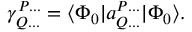
\begin{array} { r } { \gamma _ { Q . . . } ^ { P . . . } = \langle { \Phi _ { 0 } } | a _ { Q . . . } ^ { P . . . } | { \Phi _ { 0 } } \rangle . } \end{array}